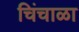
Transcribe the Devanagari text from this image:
चिंचाळा